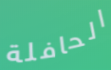
الحافلة